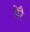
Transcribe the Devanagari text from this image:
मेरै